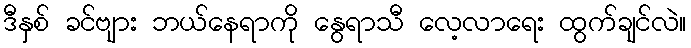
ဒီနှစ် ခင်ဗျား ဘယ်နေရာကို နွေရာသီ လေ့လာရေး ထွက်ချင်လဲ။